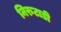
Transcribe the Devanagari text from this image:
निरुटाडी